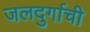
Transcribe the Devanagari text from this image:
जलदुर्गाची